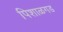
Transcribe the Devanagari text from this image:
पिशाळगड